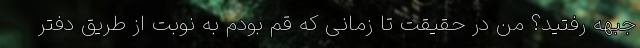
جبهه رفتید؟ من در حقیقت تا زمانی که قم بودم به نوبت از طریق دفتر